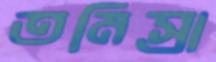
তমিস্রা